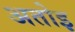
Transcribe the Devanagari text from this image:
अतोइ